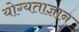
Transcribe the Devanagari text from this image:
योग्यताज्ञान